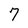
Character: 7